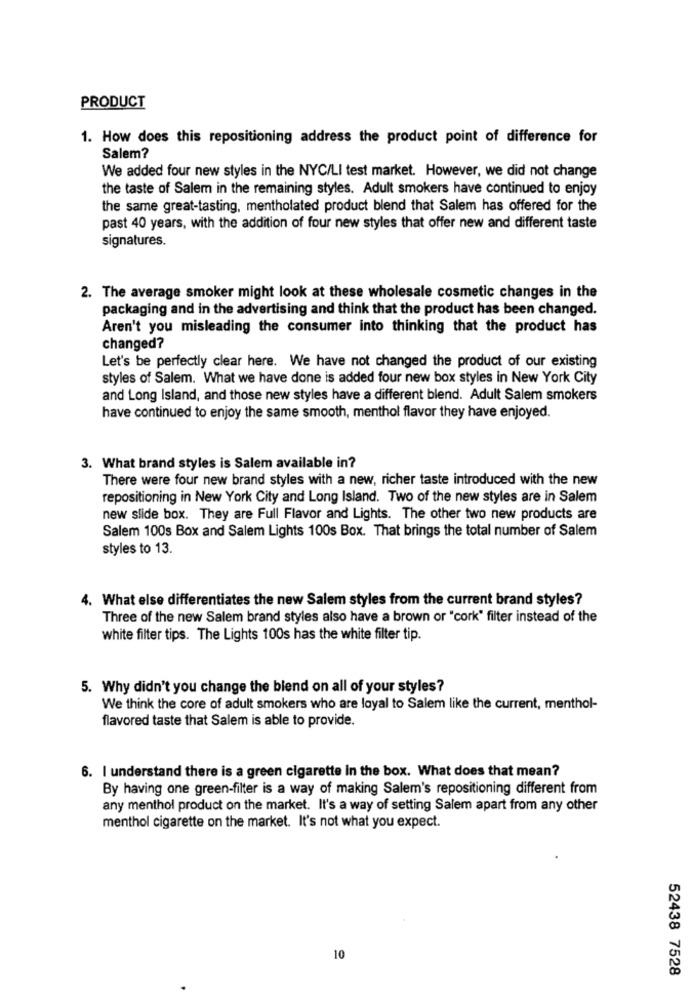
PRODUCT
1. How does this repositioning address the product point of difference for
Salem?
We added four new styles in the NYC/LI test market. However, we did not change
the taste of Salem in the remaining styles. Adult smokers have continued to enjoy
the same great-tasting, mentholated product blend that Salem has offered for the
past 40 years, with the addition of four new styles that offer new and different taste
signatures.
2. The average smoker might look at these wholesale cosmetic changes in the
packaging and in the advertising and think that the product has been changed.
Aren't you misleading the consumer into thinking that the product has
changed?
Let's be perfectly clear here. We have not changed the product of our existing
styles of Salem. What we have done is added four new box styles in New York City
and Long Island, and those new styles have a different blend. Adult Salem smokers
have continued to enjoy the same smooth, menthol flavor they have enjoyed.
3. What brand styles is Salem available in?
There were four new brand styles with a new, richer taste introduced with the new
repositioning in New York City and Long Island. Two of the new styles are in Salem
new slide box. They are Full Flavor and Lights. The other two new products are
Salem 100s Box and Salem Lights 100s Box. That brings the total number of Salem
styles to 13.
4. What else differentiates the new Salem styles from the current brand styles?
Three of the new Salem brand styles also have a brown or "cork" filter instead of the
white filter tips. The Lights 100s has the white filter tip.
5. Why didn't you change the blend on all of your styles?
We think the core of adult smokers who are loyal to Salem like the current, menthol-
flavored taste that Salem is able to provide.
6. I understand there is a green cigarette in the box. What does that mean?
By having one green-filter is a way of making Salem's repositioning different from
any menthol product on the market. It's a way of setting Salem apart from any other
menthol cigarette on the market. It's not what you expect.
10
52438 7528